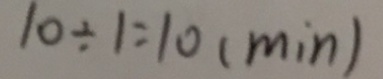
1 0 \div 1 = 1 0 ( \min )